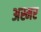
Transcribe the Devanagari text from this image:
अस्मर